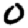
Digit: 0